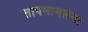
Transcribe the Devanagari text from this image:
तापमानलेना